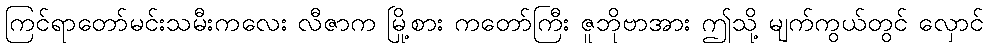
ကြင်ရာတော်မင်းသမီးကလေး လီဇာက မြို့စား ကတော်ကြီး ဇူဘိုဗာအား ဤသို့ မျက်ကွယ်တွင် လှောင်